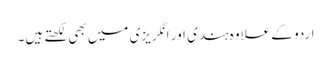
اردو کے علاوہ ہندی اور انگریزی میں بھی لکھتے ہیں۔